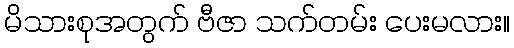
မိသားစုအတွက် ဗီဇာ သက်တမ်း ပေးမလား။